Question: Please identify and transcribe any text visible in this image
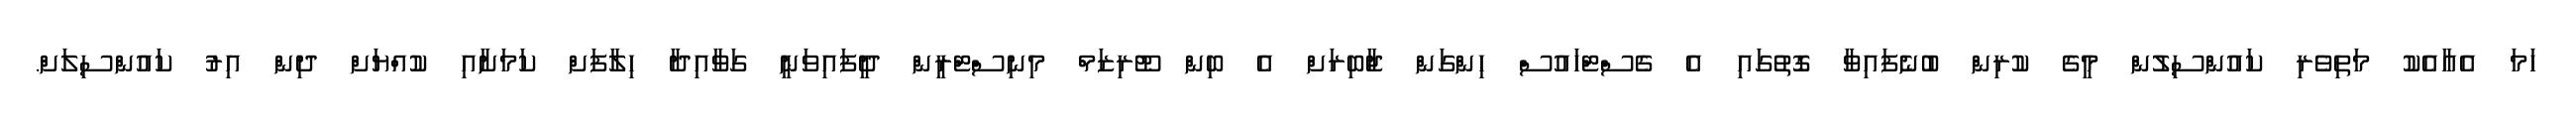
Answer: ހަމަ އެއާއެކު މަތިވެރި ކައުންސިލުން މީގެ ކުރިން ބުނެފައިވާ ގޮތުގައި އެ ގެސްޓްހައުސް ހިންގަން ޖާބިރަށް އެ ބިން ޓޫރިޒަމް މިނިސްޓްރީން ދީފައިވަނީ ގަވާއިދާ ހިލާފަށް ކަމަށާއި ކުއްޔަށް ދިން އިރު ކައުންސިލަށް.